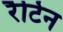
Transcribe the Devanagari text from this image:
रैटिन